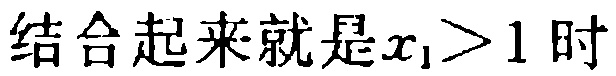
结合起来就是\(x_{1}>1\)时